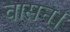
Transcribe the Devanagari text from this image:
वासन।